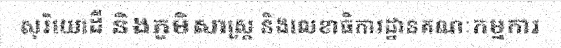
សុរិយោដី និងភូមិសាស្ត្រ និងលេខាធិការដ្ឋានគណៈកម្មការ